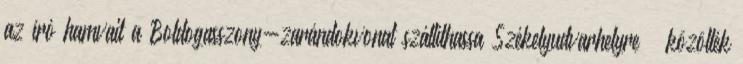
az író hamvait a Boldogasszony-zarándokvonat szállíthassa Székelyudvarhelyre – közölték